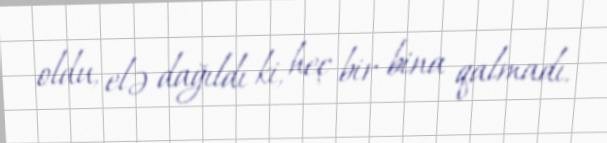
oldu, elə dağıldı ki, heç bir bina qalmadı.